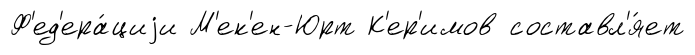
Ф'ед'ера́циjи М'ек'ен-Юрт К'ер'имов составл'я́ет